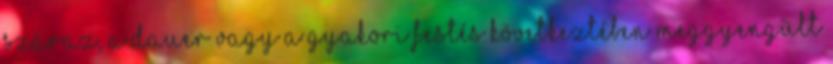
száraz, a dauer vagy a gyakori festés következtében meggyengült